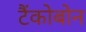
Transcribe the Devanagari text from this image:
टैंकोबोन